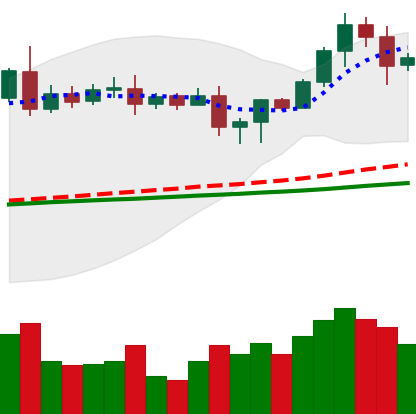
Ticker: LTC-USD
Chart end date: 2020-08-20
Forward return: -6.966%
Label: down_5_7